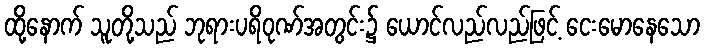
ထို့နောက် သူတို့သည် ဘုရားပရိဝုဏ်အတွင်း၌ ယောင်လည်လည်ဖြင့် ငေးမောနေသော